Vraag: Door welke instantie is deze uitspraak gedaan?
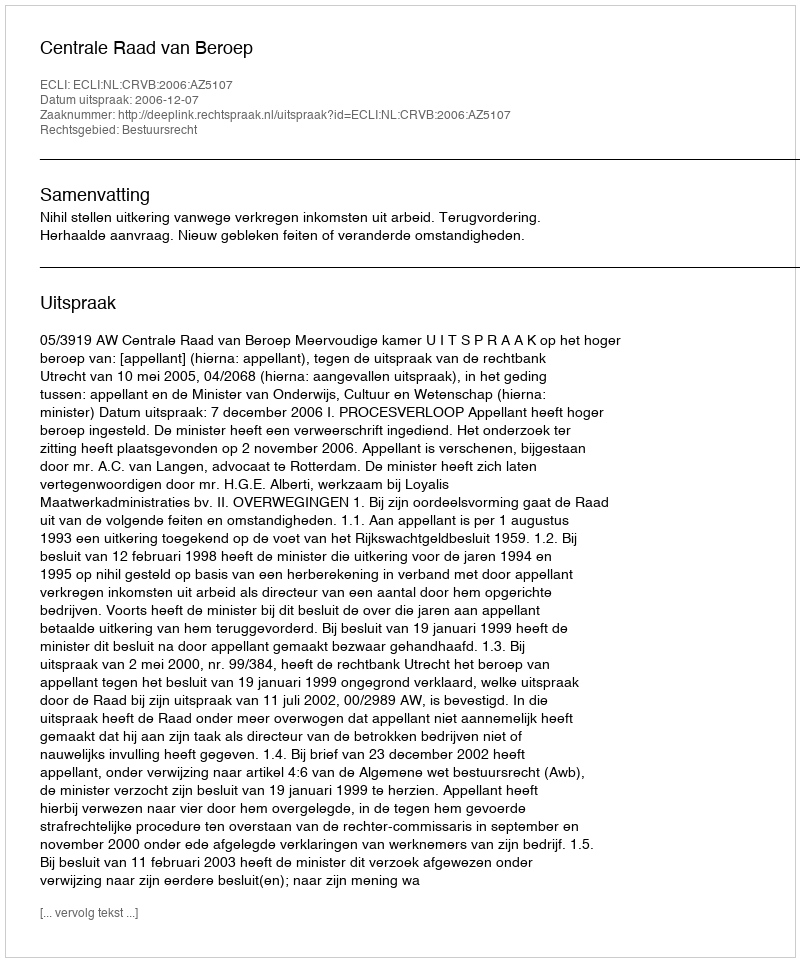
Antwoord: Centrale Raad van Beroep